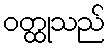
ဝတ္ထုသည်